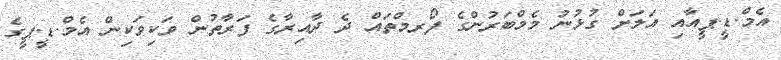
އެމް.ޑީ.ޕީއާއި އަލަށް ގުޅުނު މެމްބަރުންގެ ފޯރމްތައް ދެ ދާއިރާގެ ފަރާތުން ވަކިވަކިން އެމް.ޑީ.ޕީގެ